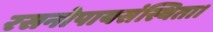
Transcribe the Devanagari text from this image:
रसनोपायसंस्थिता।